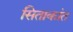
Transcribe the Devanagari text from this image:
सिताकांत